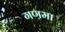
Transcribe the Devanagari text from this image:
गणमा